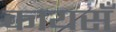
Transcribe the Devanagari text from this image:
कायसँ